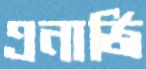
এনার্জি